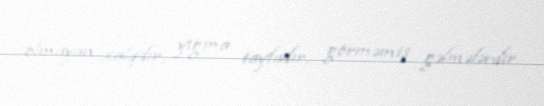
olmayan xalqdır, yığma tayfadır, görməmiş gəlmələrdir.